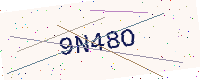
Text: 9N48O